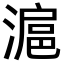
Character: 滬